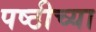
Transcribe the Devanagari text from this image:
पष्ठीच्या